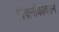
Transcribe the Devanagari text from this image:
विवानौकांवरुन